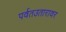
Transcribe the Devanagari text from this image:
पर्वतउतारावर